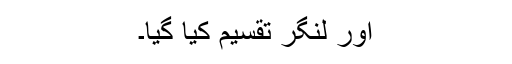
اور لنگر تقسیم کیا گیا۔